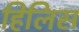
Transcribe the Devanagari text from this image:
हिलिस